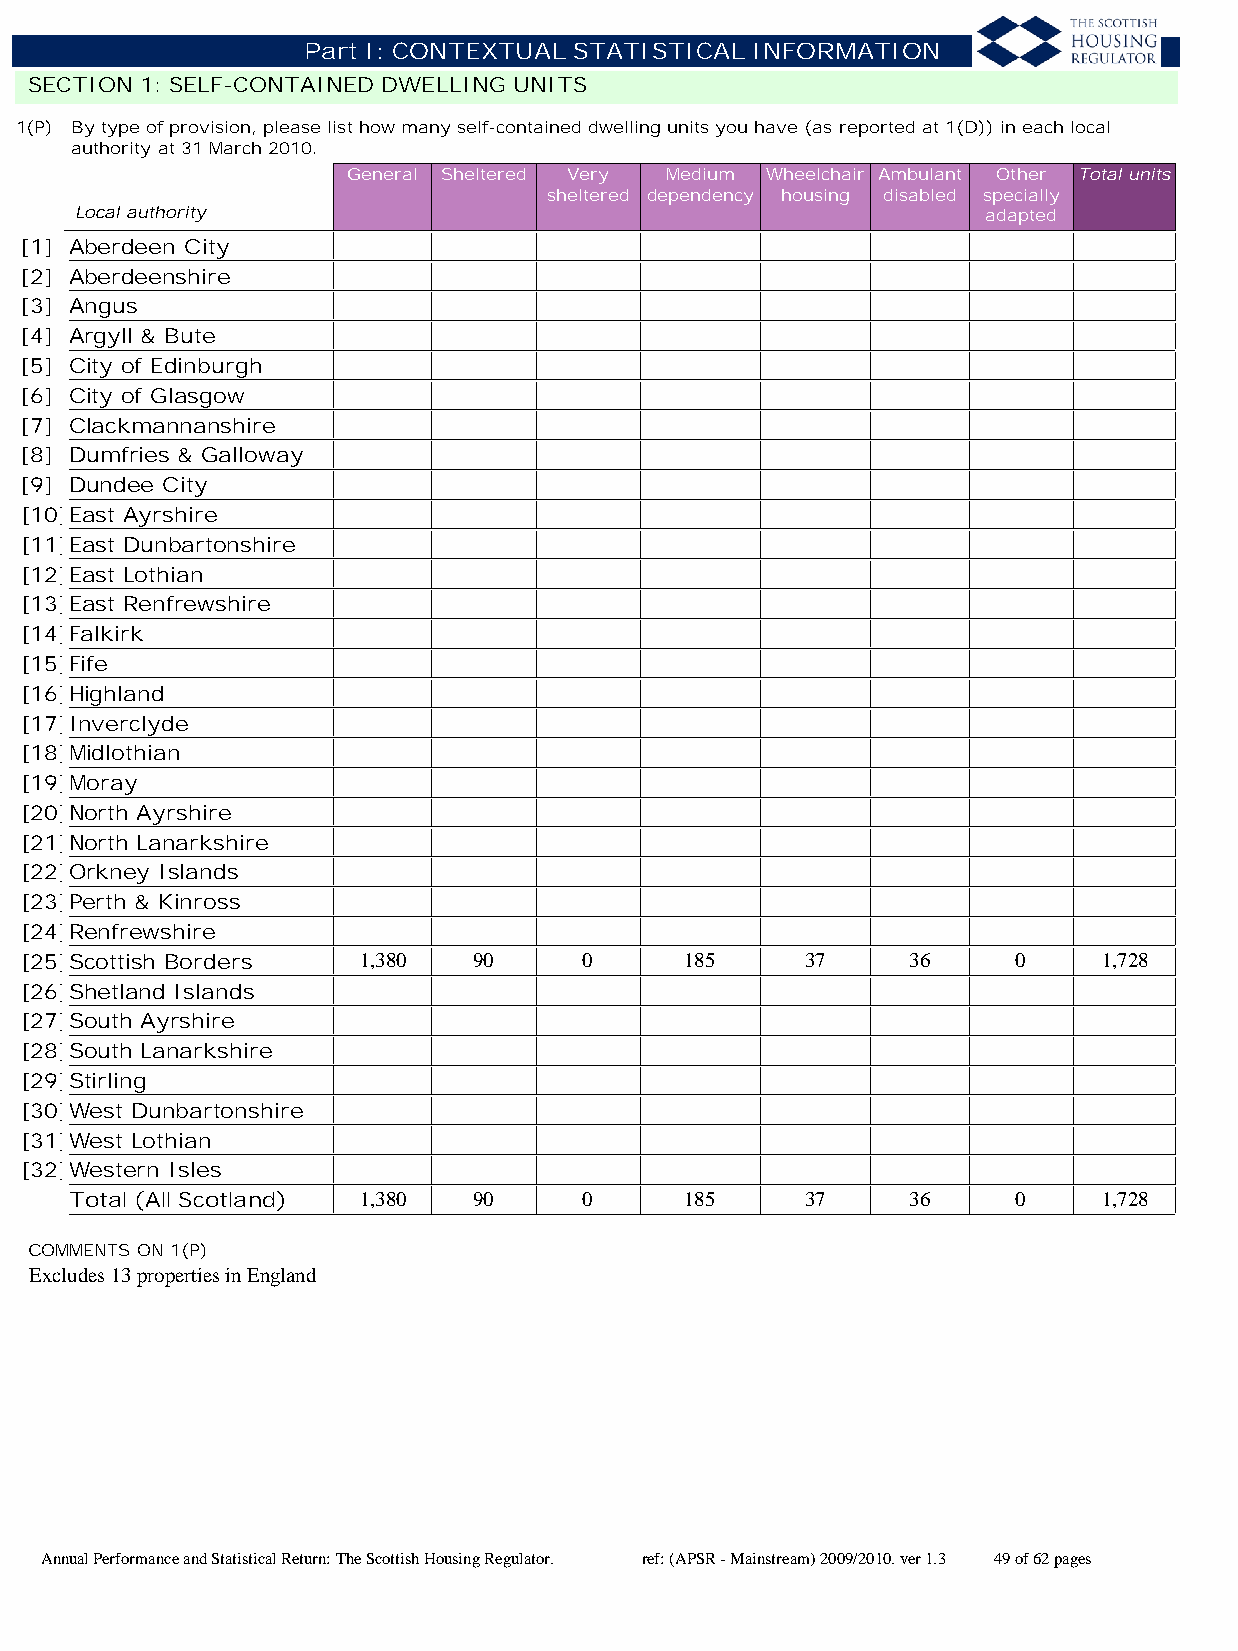
Part I: CONTEXTUAL STATISTICAL INFORMATION
 SECTION 1: SELF-CONTAINED DWELLING UNITS
 1(P) By type of provision, please list how many self-contained dwelling units you have (as reported at 1(D)) in each local
 authority at 31 March 2010.
 General Sheltered Very Medium Wheelchair Ambulant Other Total units
 sheltered dependency housing disabled specially
 Local authority                                             adapted
 [1] Aberdeen City
 [2] Aberdeenshire
 [3] Angus
 [4] Argyll & Bute
 [5] City of Edinburgh
 [6] City of Glasgow
 [7] Clackmannanshire
 [8] Dumfries & Galloway
 [9] Dundee City
 [10]East Ayrshire
 [11]East Dunbartonshire
 [12]East Lothian
 [13]East Renfrewshire
 [14]Falkirk
 [15]Fife
 [16]Highland
 [17]Inverclyde
 [18]Midlothian
 [19]Moray
 [20]North Ayrshire
 [21]North Lanarkshire
 [22]Orkney Islands
 [23]Perth & Kinross
 [24]Renfrewshire
 [25]Scottish Borders   1,380  90     0      185     37     36     0     1,728
 [26]Shetland Islands
 [27]South Ayrshire
 [28]South Lanarkshire
 [29]Stirling
 [30]West Dunbartonshire
 [31]West Lothian
 [32]Western Isles
 Total (All Scotland) 1,380 90    0      185     37     36     0     1,728
 COMMENTS ON 1(P)
 Excludes 13 properties in England
 Annual Performance and Statistical Return: The Scottish Housing Regulator. ref: (APSR - Mainstream) 2009/2010. ver 1.3 49 of 62 pages